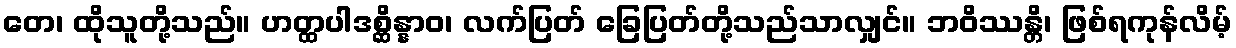
တေ၊ ထိုသူတို့သည်။ ဟတ္ထပါဒစ္ဆိန္နာဝ၊ လက်ပြတ် ခြေပြတ်တို့သည်သာလျှင်။ ဘဝိဿန္တိ၊ ဖြစ်ရကုန်လိမ့်